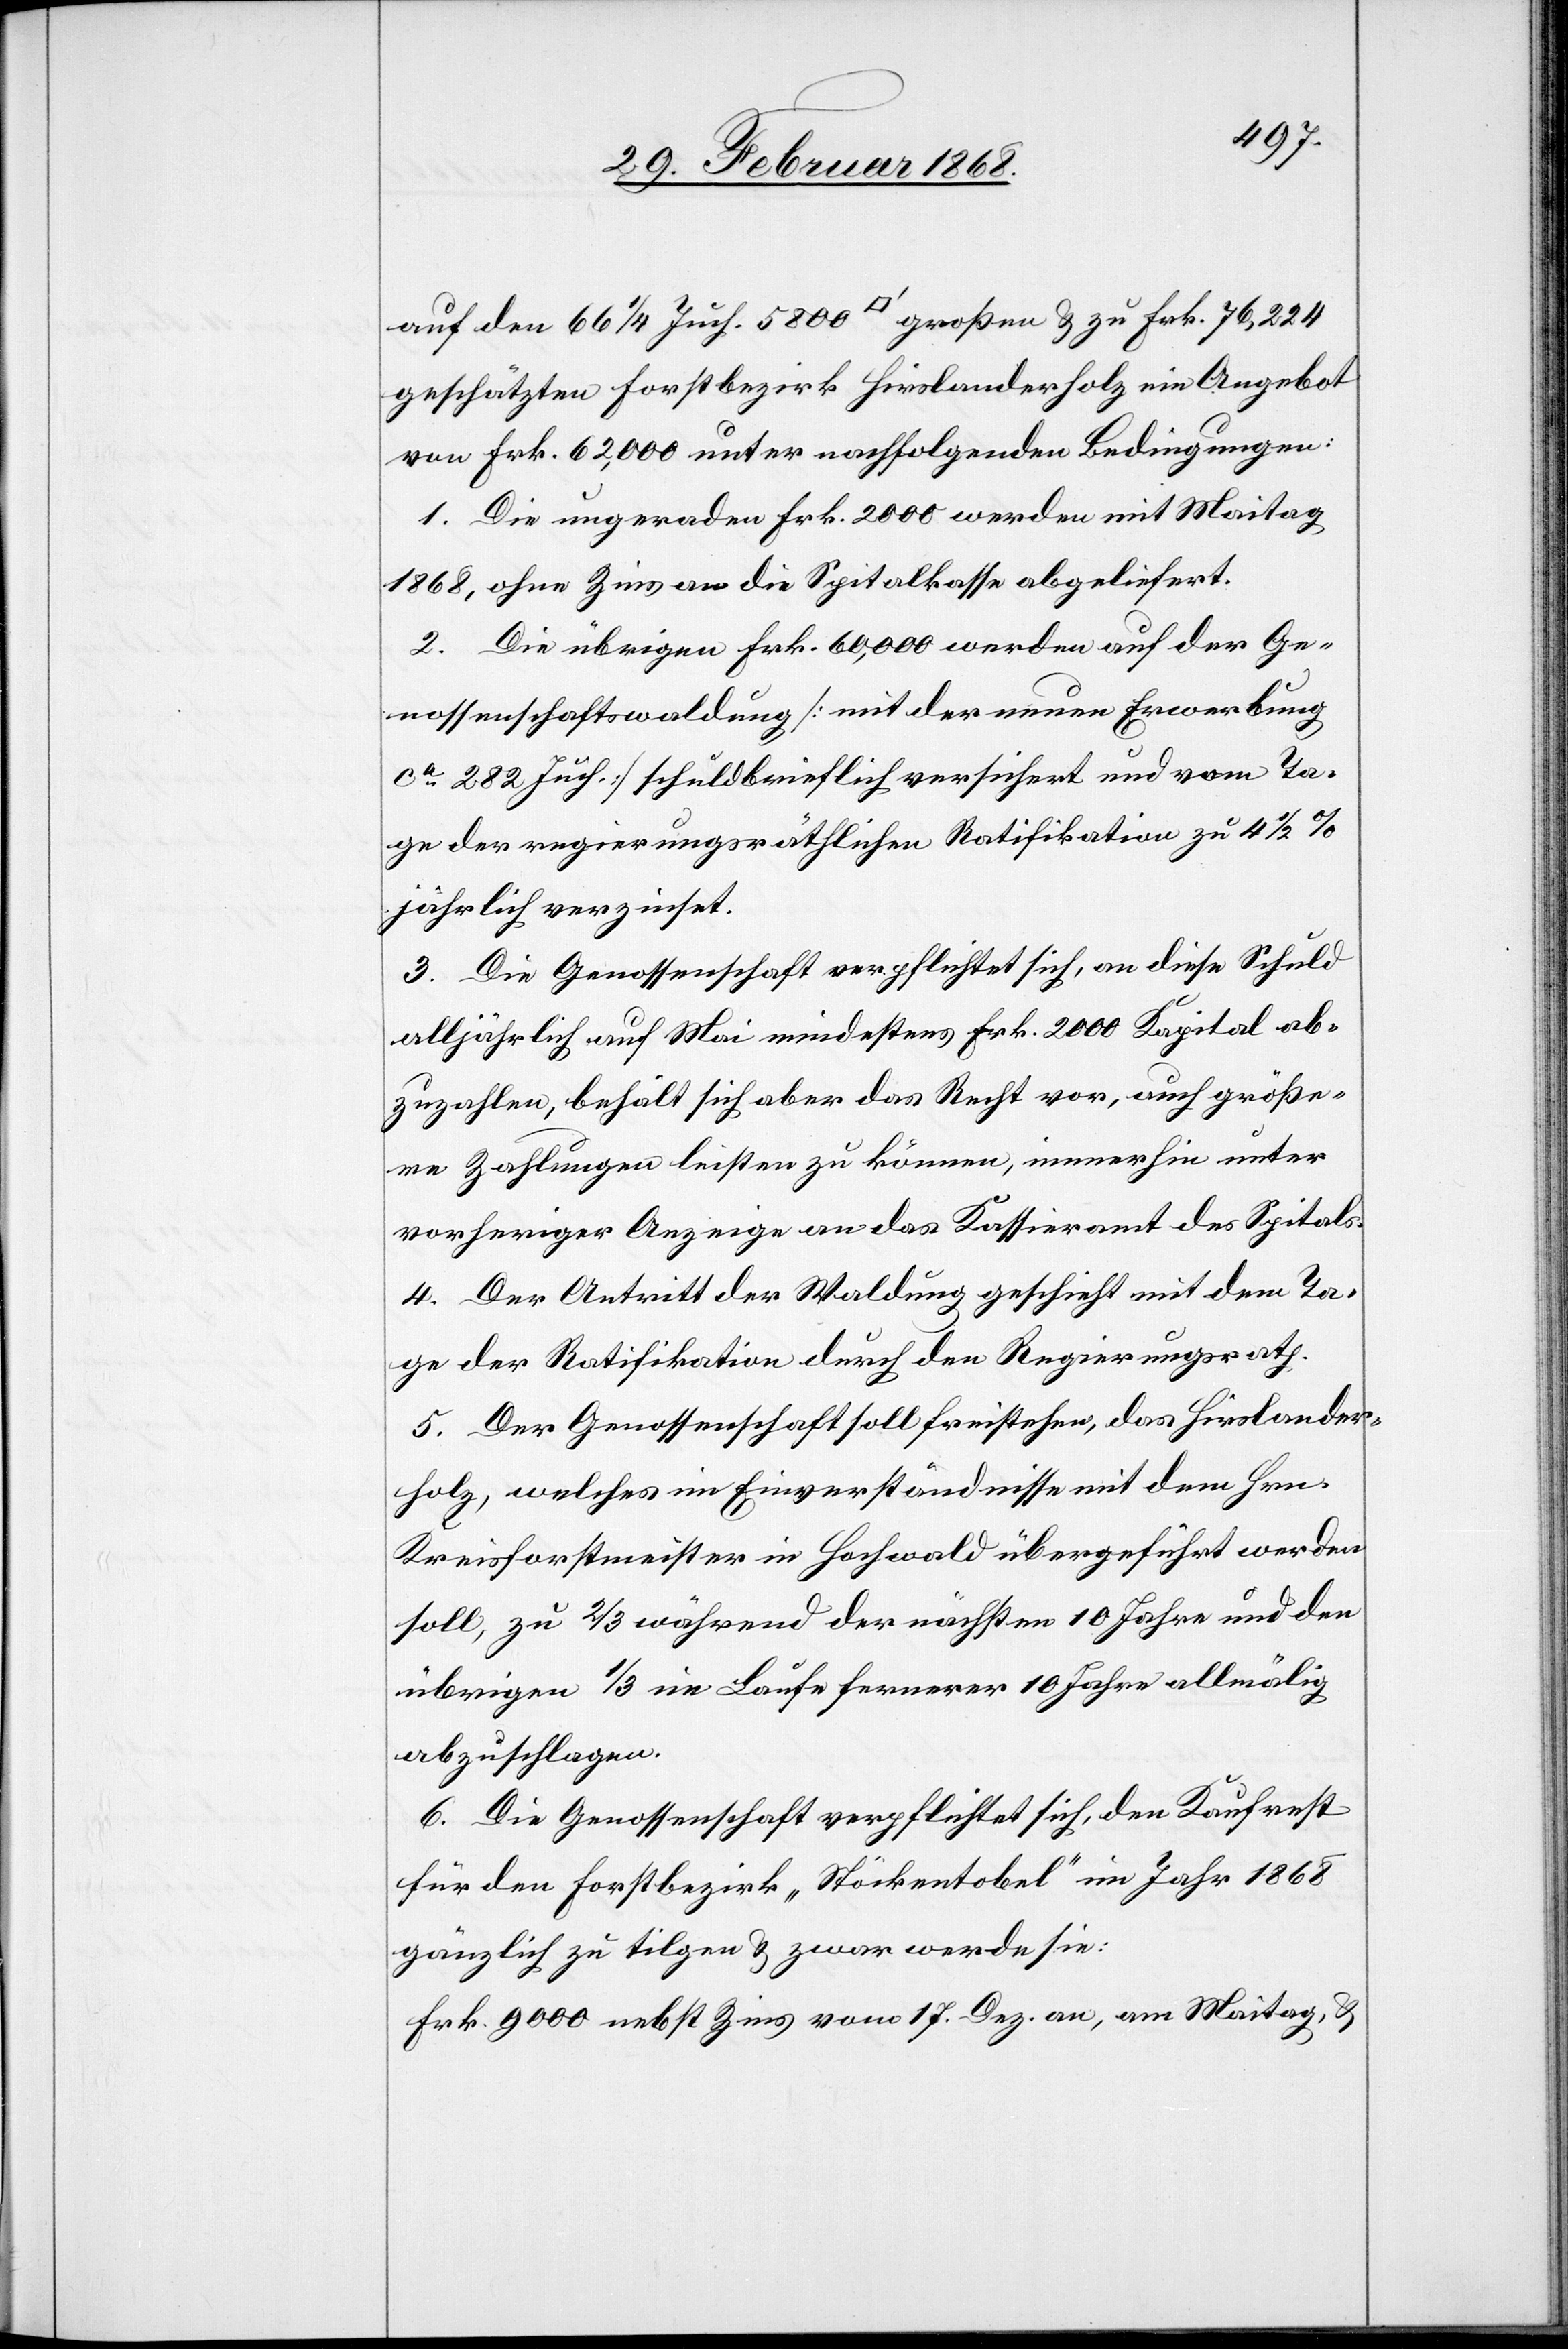
auf den 66 1/4 Juch. 5800 [Quadratfuß] großen & zu Frk. 76,224
geschätzten Forstbezirk Hirslanderholz ein Angebot
von Frk. 62,000 unter nachfolgenden Bedingungen:
1. Die ungeraden Frk. 2000 werden mit Maitag
1868, ohne Zins an die Spitalkasse abgeliefert.
2. Die übrigen Frk. 60,000 werden auf der Ge¬
nossenschaftswaldung [mit der neuen Erwerbung
ca. 282 Juch.] schuldbrieflich versichert und vom Ta¬
ge der regierungsräthlichen Ratifikation zu 4 1/2 %
jährlich verzinset.
3. Die Genossenschaft verpflichtet sich, an diese Schuld
alljährlich auf Mai mindestens Frk. 2000 Kapital ab¬
zuzahlen, behält sich aber das Recht vor, auch größe¬
re Zahlungen leisten zu können, immerhin unter
vorheriger Anzeige an das Kassieramt des Spitals.
4. Der Antritt der Waldung geschieht mit dem Ta¬
ge der Ratifikation durch den Regierungsrath.
5. Der Genossenschaft soll freistehen, das Hirslander¬
holz, welches im Einverständnisse mit dem Hrn.
Kreisforstmeister in Hochwald übergeführt werden
soll, zu 2/3 während der nächsten 10 Jahre und den
übrigen 1/3 im Laufe fernerer 10 Jahre allmälig
abzuschlagen.
6. Die Genossenschaft verpflichtet sich, den Kaufrest
für den Forstbezirk „Stöckentobel“ im Jahr 1868
gänzlich zu tilgen & zwar werde sie:
Frk. 9000 nebst Zins vom 17. Dez. an, am Maitag, &